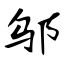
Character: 邬